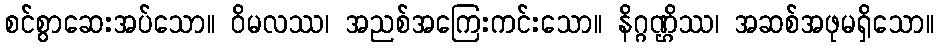
စင်စွာဆေးအပ်သော။ ဝိမလဿ၊ အညစ်အကြေးကင်းသော။ နိဂ္ဂဏ္ဌိဿ၊ အဆစ်အဖုမရှိသော။